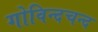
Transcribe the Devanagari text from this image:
गोविन्दचन्द